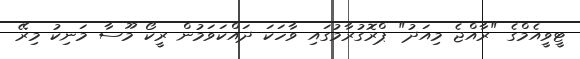
ޓީވީއެމްގެ "ރާއްޖެ މިއަދު" ޕްރޮގުރާމުގައި ވާހަކަ ދައްކަވަމުން ރީކޯ މޫސާ މަނިކު މިރޭ